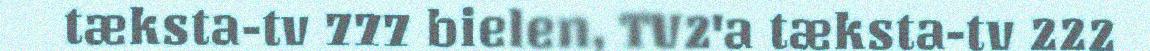
tæksta-tv 777 bielen, TV2'a tæksta-tv 222